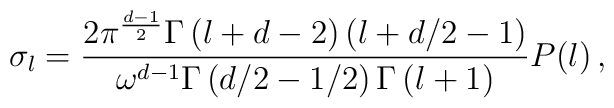
\sigma_l = \frac{2\pi^{\frac{d-1}{2}}\Gamma \left( l+d-2 \right) \left( l+d/2 - 1\right)}{\omega^{d-1}\Gamma \left( d/2 -1/2\right) \Gamma \left( l+1 \right)} P(l)\,,